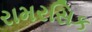
રામરસિક